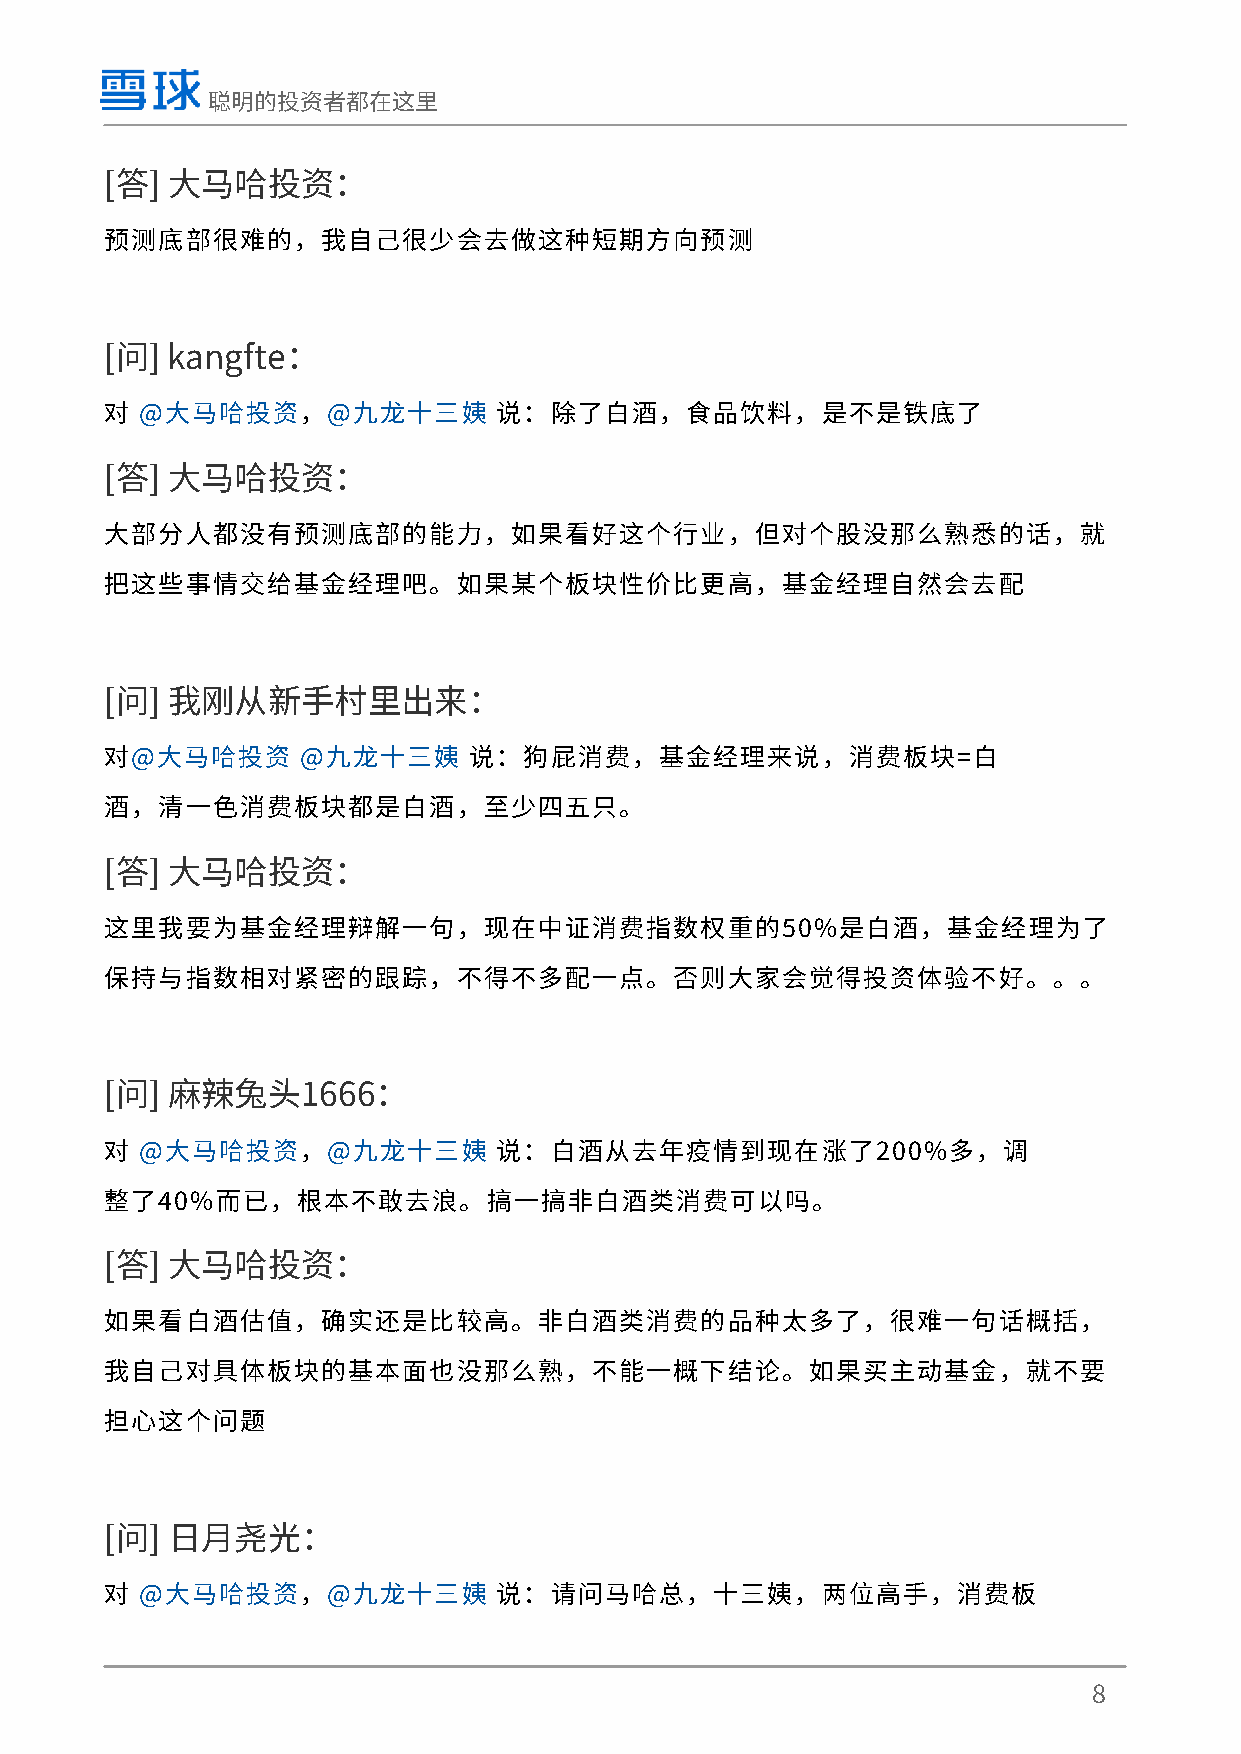
聪明的投资者都在这里
 [答] 大马哈投资：
 预测底部很难的，我自己很少会去做这种短期方向预测
 [问] kangfte：
 对 @大马哈投资，@九龙十三姨           说：除了白酒，食品饮料，是不是铁底了
 [答] 大马哈投资：
 大部分人都没有预测底部的能力，如果看好这个行业，但对个股没那么熟悉的话，就
 把这些事情交给基金经理吧。如果某个板块性价比更高，基金经理自然会去配
 [问] 我刚从新手村里出来：
 对@大马哈投资      @九龙十三姨     说：狗屁消费，基金经理来说，消费板块=白
 酒，清一色消费板块都是白酒，至少四五只。
 [答] 大马哈投资：
 这里我要为基金经理辩解一句，现在中证消费指数权重的50%是白酒，基金经理为了
 保持与指数相对紧密的跟踪，不得不多配一点。否则大家会觉得投资体验不好。。。
 [问] 麻辣兔头1666：
 对 @大马哈投资，@九龙十三姨           说：白酒从去年疫情到现在涨了200%多，调
 整了40%而已，根本不敢去浪。搞一搞非白酒类消费可以吗。
 [答] 大马哈投资：
 如果看白酒估值，确实还是比较高。非白酒类消费的品种太多了，很难一句话概括，
 我自己对具体板块的基本面也没那么熟，不能一概下结论。如果买主动基金，就不要
 担心这个问题
 [问] 日月尧光：
 对 @大马哈投资，@九龙十三姨           说：请问马哈总，十三姨，两位高手，消费板
 8